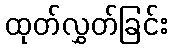
ထုတ်လွှတ်ခြင်း